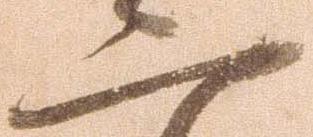
二